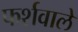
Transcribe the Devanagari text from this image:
फर्शवाले